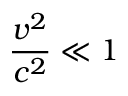
{ \frac { v ^ { 2 } } { c ^ { 2 } } } \ll 1